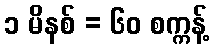
၁ မိနစ် = ၆၀ စက္ကန့်